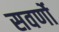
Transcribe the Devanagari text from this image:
सवर्णो